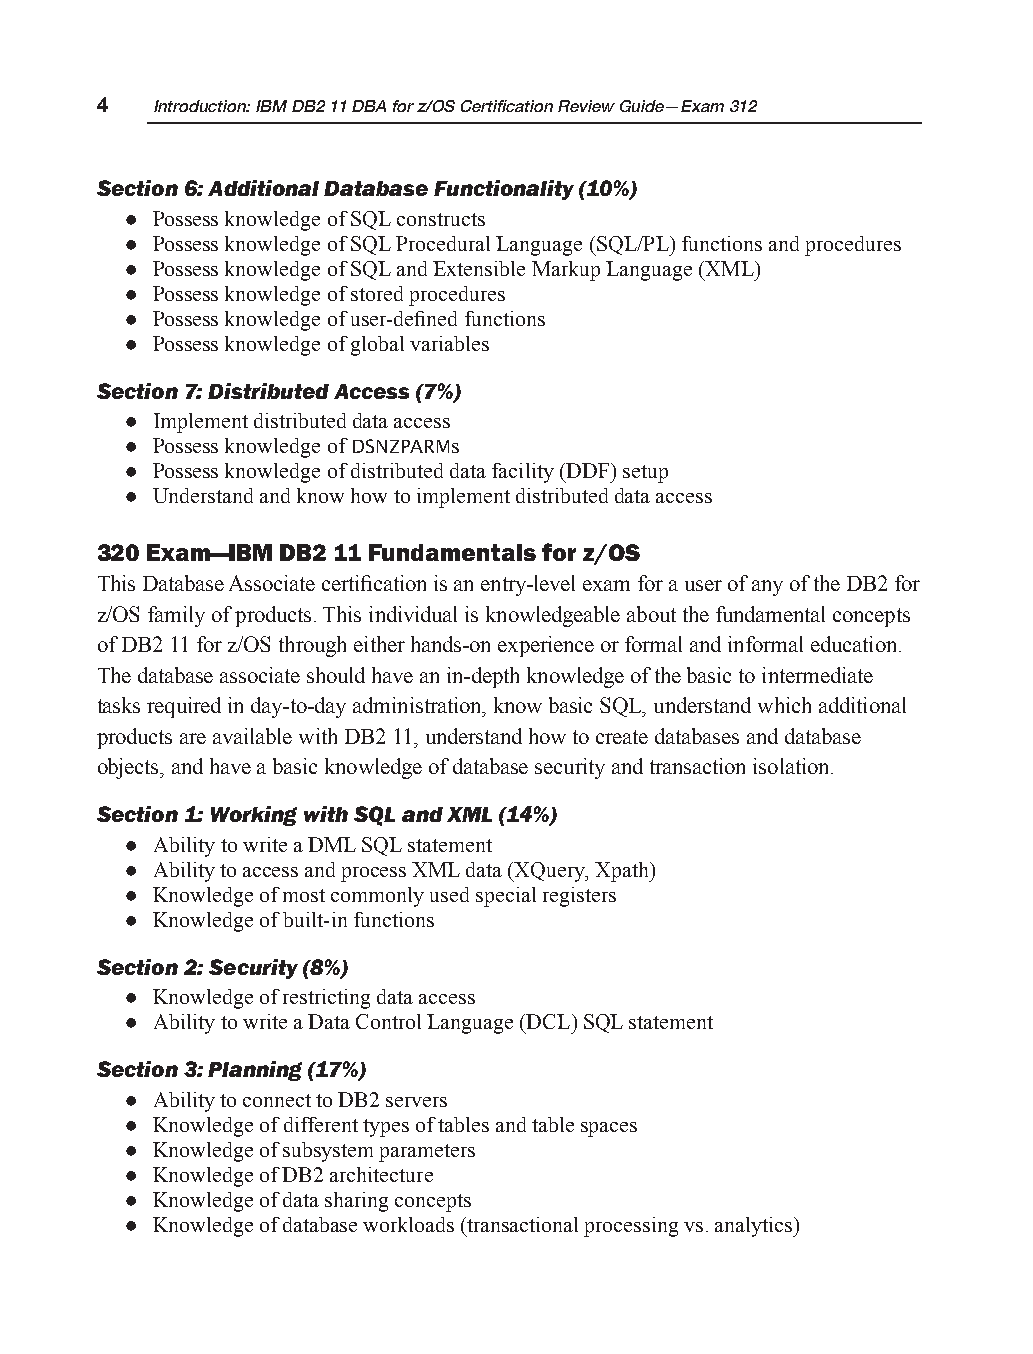
4   Introduction: IBM DB2 11 DBA for z/OS Certification Review Guide—Exam 312
 Section 6: Additional Database Functionality (10%)
 z Possess knowledge of SQL constructs
 z Possess knowledge of SQL Procedural Language (SQL/PL) functions and procedures
 z Possess knowledge of SQL and Extensible Markup Language (XML)
 z Possess knowledge of stored procedures
 z Possess knowledge of user-defined functions
 z Possess knowledge of global variables
 Section 7: Distributed Access (7%)
 z Implement distributed data access
 z Possess knowledge of DSNZPARMs
 z Possess knowledge of distributed data facility (DDF) setup
 z Understand and know how to implement distributed data access
 320 Exam—IBM DB2 11 Fundamentals for z/OS
 This Database Associate certification is an entry-level exam for a user of any of the DB2 for
 z/OS family of products. This individual is knowledgeable about the fundamental concepts
 of DB2 11 for z/OS through either hands-on experience or formal and informal education.
 The database associate should have an in-depth knowledge of the basic to intermediate
 tasks required in day-to-day administration, know basic SQL, understand which additional
 products are available with DB2 11, understand how to create databases and database
 objects, and have a basic knowledge of database security and transaction isolation.
 Section 1: Working with SQL and XML (14%)
 z Ability to write a DML SQL statement
 z Ability to access and process XML data (XQuery, Xpath)
 z Knowledge of most commonly used special registers
 z Knowledge of built-in functions
 Section 2: Security (8%)
 z Knowledge of restricting data access
 z Ability to write a Data Control Language (DCL) SQL statement
 Section 3: Planning (17%)
 z Ability to connect to DB2 servers
 z Knowledge of different types of tables and table spaces
 z Knowledge of subsystem parameters
 z Knowledge of DB2 architecture
 z Knowledge of data sharing concepts
 z Knowledge of database workloads (transactional processing vs. analytics)